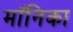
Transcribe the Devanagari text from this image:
माॅनिका